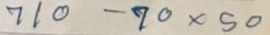
710 - 70 x 50